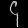
Digit: ၄